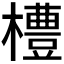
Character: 𪴊